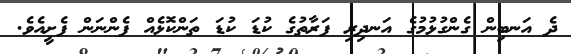
ދެ އަނބިން ގެންގުޅުމުގެ އަނދިރި ފަރާތުގެ ކުޑަ ކުޑަ ތަންކޮޅެއް ފެންނަން ފެށީއެވެ.